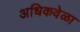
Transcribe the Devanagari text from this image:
अधिकवेळा